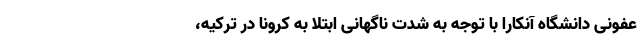
عفونی دانشگاه آنکارا با توجه به شدت ناگهانی ابتلا به کرونا در ترکیه،